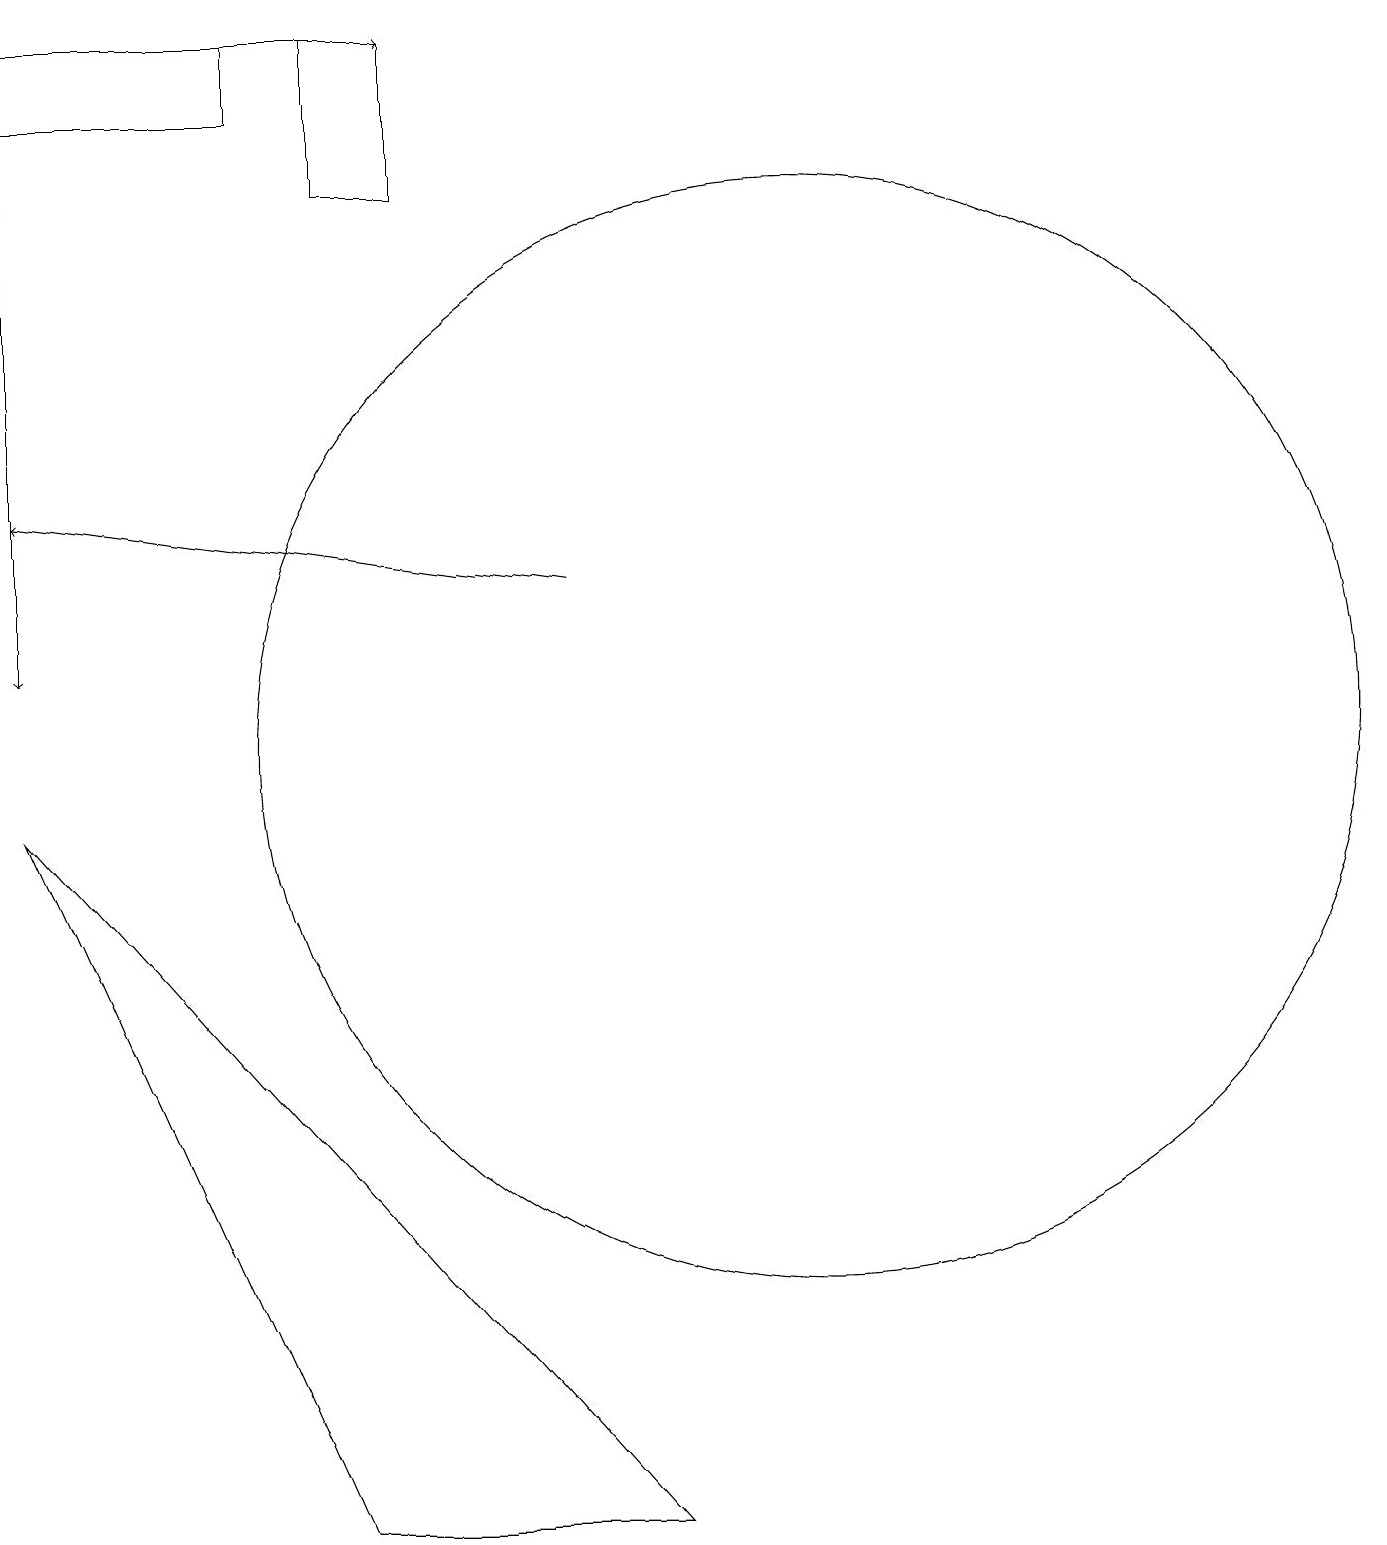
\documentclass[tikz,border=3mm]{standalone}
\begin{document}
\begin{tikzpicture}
\draw (1,9) -- (9,0) -- (5,0) -- cycle;
\draw[->] (8,12) -- (1,13);
\draw (4,19) rectangle (1,18);
\draw[->] (1,17) -- (1,11);
\draw (11,10) circle (7);
\draw (6,17) rectangle (5,19);
\draw[->] (1,19) -- (6,19);
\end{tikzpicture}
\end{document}